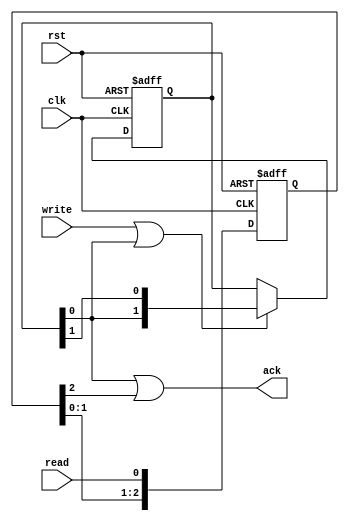
module pkmc_sdram_ackgen(rst, read, write, clk, ack);
   input read;
   input write;
   input clk;
   input rst;
   
   output ack;

`ifdef CAS_LATENCY_3
   localparam readWaitLen = 4;
`else
   localparam readWaitLen = 3;
`endif

   localparam writeWaitLen = 2;
   
   reg [readWaitLen-1:0] readAck;
   reg [writeWaitLen-1:0] writeAck;	  

   
   always@(posedge clk or posedge rst) begin
      if(rst) begin
	 readAck <= 0;
      end
      else begin
	 readAck <= {readAck[readWaitLen-2:0], read};
      end // else: !if(rst)
   end // always@ (posedge clk or posedge rst)

   always@(posedge clk or posedge rst) begin
      if(rst) begin
	 writeAck <= 2'b10;
      end
      
      else if(write | writeAck[0]) begin
	 writeAck <= {writeAck[0], writeAck[1]};
      end
   end
      
   
   assign #1 ack = writeAck[0] | readAck[readWaitLen-1];

endmodule